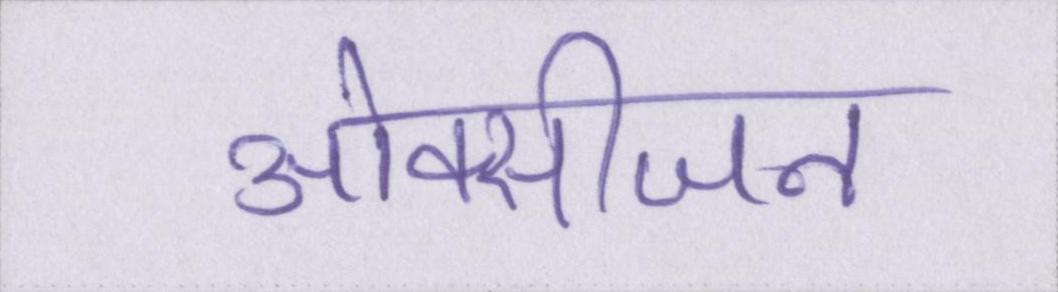
ओक्सीजन